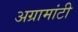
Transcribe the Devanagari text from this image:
अग्रामांटी